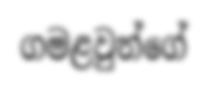
ගමළවුන්ගේ